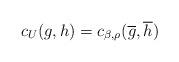
LaTeX: \begin{align*} c_U(g,h)=c_{\beta,\rho}(\overline g,\overline h)\end{align*}